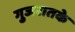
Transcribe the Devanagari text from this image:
गुजरातके